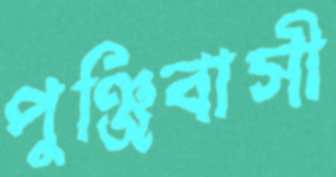
পুঞ্জিবাসী